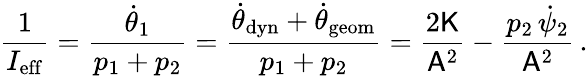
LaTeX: \frac{1}{I_{\mathrm{eff}}}=\frac{\dot{\theta}_{1}}{p_{1}+p_{2}}=\frac{\dot{\theta}_{\mathrm{dyn}}+\dot{\theta}_{\mathrm{geom}}}{p_{1}+p_{2}}=\frac{2\mathsf{K}}{\mathsf{A}^{2}}-\frac{p_{2}\, \dot{\psi}_{2}}{\mathsf{A}^{2}}\, .